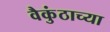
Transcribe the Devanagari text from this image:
वैकुंठाच्या